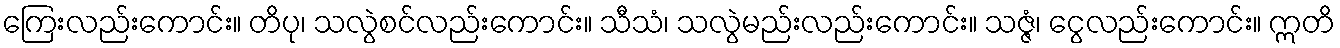
ကြေးလည်းကောင်း။ တိပု၊ သလွဲစင်လည်းကောင်း။ သီသံ၊ သလွဲမည်းလည်းကောင်း။ သဇ္ဇံ၊ ငွေလည်းကောင်း။ ဣတိ